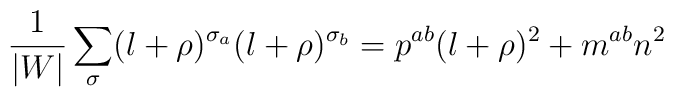
\frac{1}{|W|}\sum_{\sigma}(l+\rho)^{\sigma_{a}}(l+\rho)^{\sigma_{b}}=p^{ab}(l+\rho)^{2}+m^{ab}n^{2}